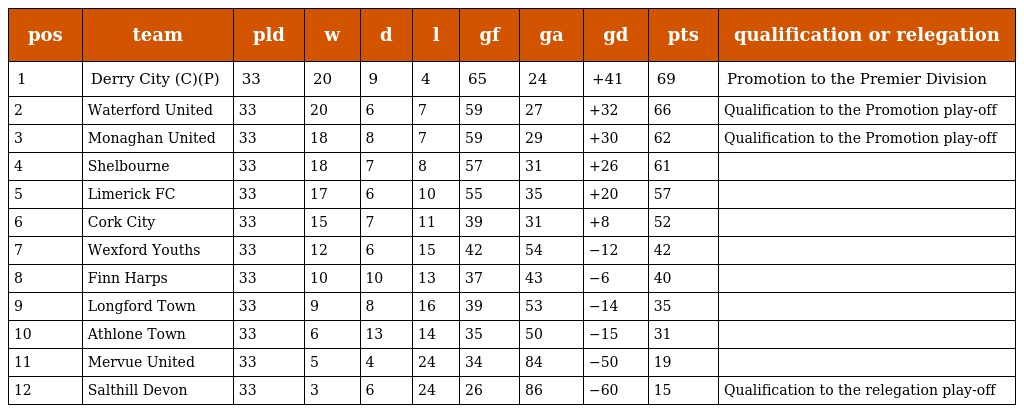
| pos | team | pld | w | d | l | gf | ga | gd | pts | qualification or relegation |
 | --- | --- | --- | --- | --- | --- | --- | --- | --- | --- | --- |
 | 1 | Derry City (C)(P) | 33 | 20 | 9 | 4 | 65 | 24 | +41 | 69 | Promotion to the Premier Division |
 | 2 | Waterford United | 33 | 20 | 6 | 7 | 59 | 27 | +32 | 66 | Qualification to the Promotion play-off |
 | 3 | Monaghan United | 33 | 18 | 8 | 7 | 59 | 29 | +30 | 62 | Qualification to the Promotion play-off |
 | 4 | Shelbourne | 33 | 18 | 7 | 8 | 57 | 31 | +26 | 61 |  |
 | 5 | Limerick FC | 33 | 17 | 6 | 10 | 55 | 35 | +20 | 57 |  |
 | 6 | Cork City | 33 | 15 | 7 | 11 | 39 | 31 | +8 | 52 |  |
 | 7 | Wexford Youths | 33 | 12 | 6 | 15 | 42 | 54 | −12 | 42 |  |
 | 8 | Finn Harps | 33 | 10 | 10 | 13 | 37 | 43 | −6 | 40 |  |
 | 9 | Longford Town | 33 | 9 | 8 | 16 | 39 | 53 | −14 | 35 |  |
 | 10 | Athlone Town | 33 | 6 | 13 | 14 | 35 | 50 | −15 | 31 |  |
 | 11 | Mervue United | 33 | 5 | 4 | 24 | 34 | 84 | −50 | 19 |  |
 | 12 | Salthill Devon | 33 | 3 | 6 | 24 | 26 | 86 | −60 | 15 | Qualification to the relegation play-off |